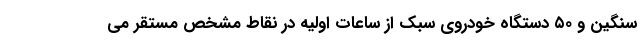
سنگین و ۵۰ دستگاه خودروی سبک از ساعات اولیه در نقاط مشخص مستقر می